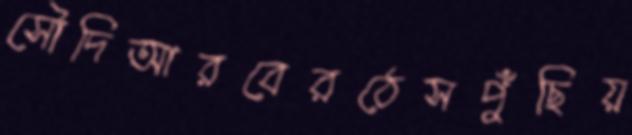
সৌদিআরবেরঠেসপুঁছিয়